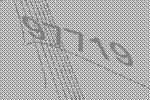
97719